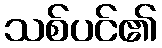
သစ်ပင်၏